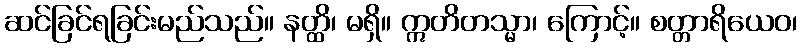
ဆင်ခြင်ရခြင်းမည်သည်။ နတ္ထိ၊ မရှိ။ ဣတိတသ္မာ၊ ကြောင့်။ စတ္တာရိယေဝ၊